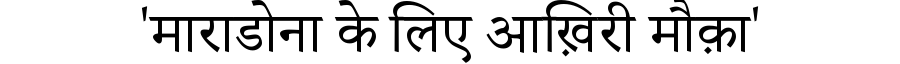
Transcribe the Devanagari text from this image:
'माराडोना के लिए आख़िरी मौक़ा'